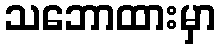
သဘောထားမှာ